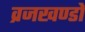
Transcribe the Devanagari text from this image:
व्रजखण्डों